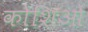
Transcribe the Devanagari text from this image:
कोशिओं